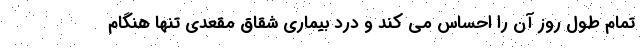
تمام طول روز آن را احساس می کند و درد بیماری شقاق مقعدی تنها هنگام